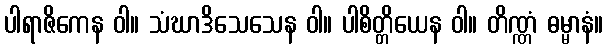
ပါရာဇိကေန ဝါ။ သံဃာဒိသေသေန ဝါ။ ပါစိတ္တိယေန ဝါ။ တိဏ္ဏံ ဓမ္မာနံ။